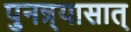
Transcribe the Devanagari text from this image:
पुनन्र्यासात्